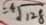
= \sqrt [ 4 ] { 1 2 8 }